Indian journal of veterinary science and animal husbandry - Volume 3,
Year: 1933
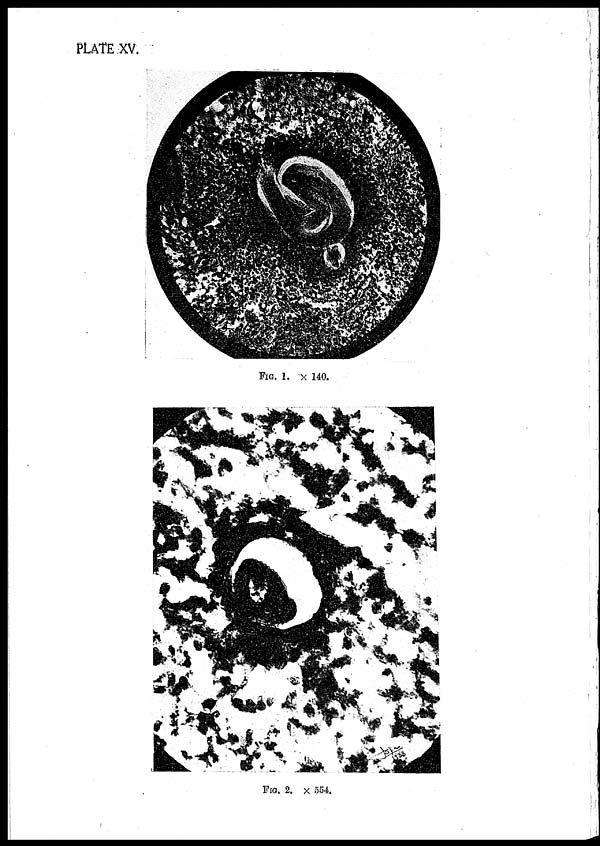
PLATE XV.
FIG. 1. × 140.
FIG. 2. × 554.